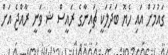
ގައުމަށް އައި ހެޔޮ ބަދަލަކީ ޗައިނާގެ ރައީސް ޝީ ވަނީ ރާއްޖެ އަށް